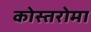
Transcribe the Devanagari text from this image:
कोस्तरोमा